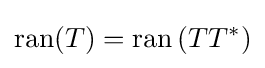
\operatorname {ran} (T)=\operatorname {ran} \left(TT^{*}\right)